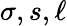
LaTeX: \sigma,s,\ell